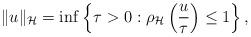
LaTeX: \begin{align*} \|u\|_{\mathcal{H}} = \inf \left \{ \tau >0 : \rho_{\mathcal{H}}\left(\frac{u}{\tau}\right) \leq 1 \right \},\end{align*}